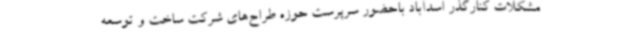
مشکلات کنارگذر اسدآباد باحضور سرپرست حوزه طراح‌های شرکت ساخت و توسعه